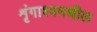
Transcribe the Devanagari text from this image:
शृंगाश्वमधील